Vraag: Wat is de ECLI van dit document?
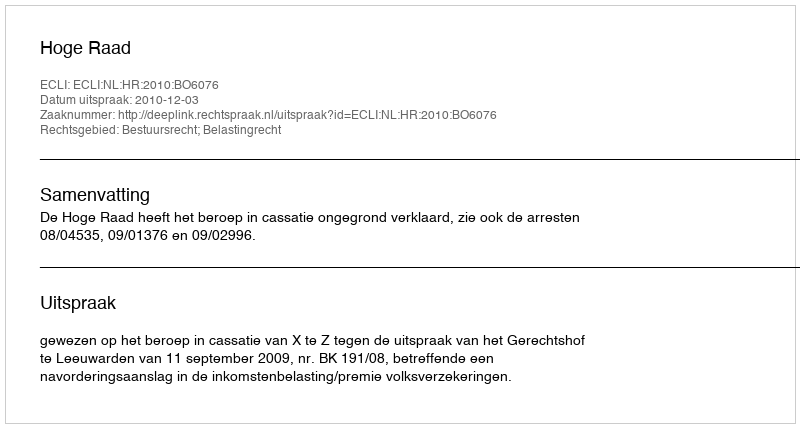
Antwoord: ECLI:NL:HR:2010:BO6076